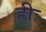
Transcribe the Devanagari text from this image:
ह्रीः